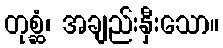
တုစ္ဆံ၊ အချည်းနှီးသော။